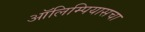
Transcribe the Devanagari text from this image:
ऑलिम्पियासचा